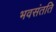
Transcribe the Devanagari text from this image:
भवसंतति